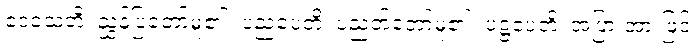
ဒေသေတိ၊ ညွှန်ပြတော်မူ၏။ ပညပေတိ၊ ပညတ်တော်မူ၏။ ပဋ္ဌပေတိ၊ အပြားအားဖြင့်